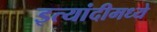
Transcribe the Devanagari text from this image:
इत्यांदीमध्ये